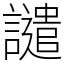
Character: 譴